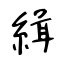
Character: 緝